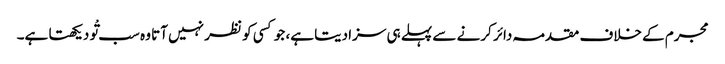
مجرم کے خلاف مقدمہ دائر کرنے سے پہلے ہی سزا دیتا ہے، جو کسی کو نظر نہیں آتا وہ سب تْو دیکھتا ہے۔